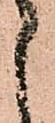
候